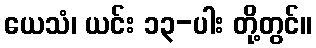
ယေသံ၊ ယင်း ၁၃-ပါး တို့တွင်။